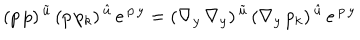
( p \, p ) ^ { \, \tilde { u } } \, ( p \, p _ { k } ) ^ { \, \hat { u } } \, e ^ { \, p \, y } = ( \nabla _ { y } \, \nabla _ { y } ) ^ { \, \tilde { u } } \, ( \nabla _ { y } \, p _ { k } ) ^ { \, \hat { u } } \, e ^ { \, p \, y }